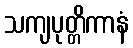
သကျပုတ္တိကာနံ